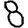
Digit: 8